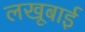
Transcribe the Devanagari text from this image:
लखूबाई